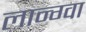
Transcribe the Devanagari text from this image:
लान्ग्वा